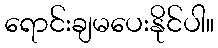
ရောင်းချမပေးနိုင်ပါ။